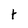
Character: t